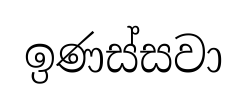
ඉණස්සවා